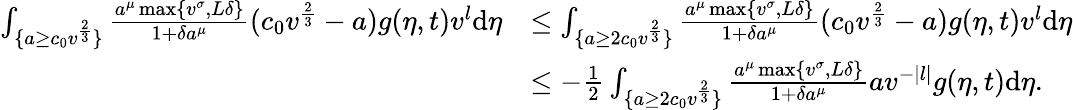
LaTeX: \begin{array}{rl}{\int_{\{ a\geq c_{0}v^{\frac{2}{3}}\} }\frac{a^{\mu}\operatorname*{max}\{ v^{\sigma},L\delta\} }{1+\delta a^{\mu}}(c_{0}v^{\frac{2}{3}}-a)g(\eta,t)v^{l}\textup{d}\eta}&{\leq\int_{\{ a\geq 2c_{0}v^{\frac{2}{3}}\} }\frac{a^{\mu}\operatorname*{max}\{ v^{\sigma},L\delta\} }{1+\delta a^{\mu}}(c_{0}v^{\frac{2}{3}}-a)g(\eta,t)v^{l}\textup{d}\eta}\\ &{\leq-\frac{1}{2}\int_{\{ a\geq 2c_{0}v^{\frac{2}{3}}\} }\frac{a^{\mu}\operatorname*{max}\{ v^{\sigma},L\delta\} }{1+\delta a^{\mu}}av^{-|l|}g(\eta,t)\textup{d}\eta.}\end{array}